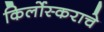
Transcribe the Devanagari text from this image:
किर्लोस्कराचे